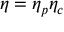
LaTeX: \eta = \eta _ { p } \eta _ { c }